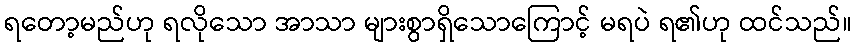
ရတော့မည်ဟု ရလိုသော အာသာ များစွာရှိသောကြောင့် မရပဲ ရ၏ဟု ထင်သည်။